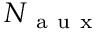
N _ { \mathrm { ~ a ~ u ~ x ~ } }